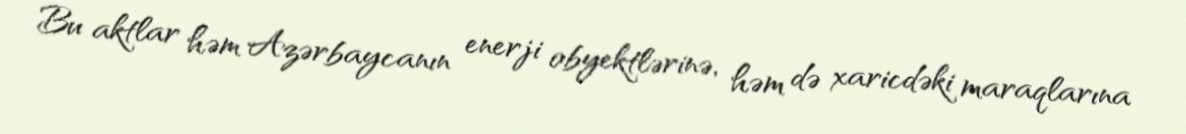
Bu aktlar həm Azərbaycanın enerji obyektlərinə, həm də xaricdəki maraqlarına